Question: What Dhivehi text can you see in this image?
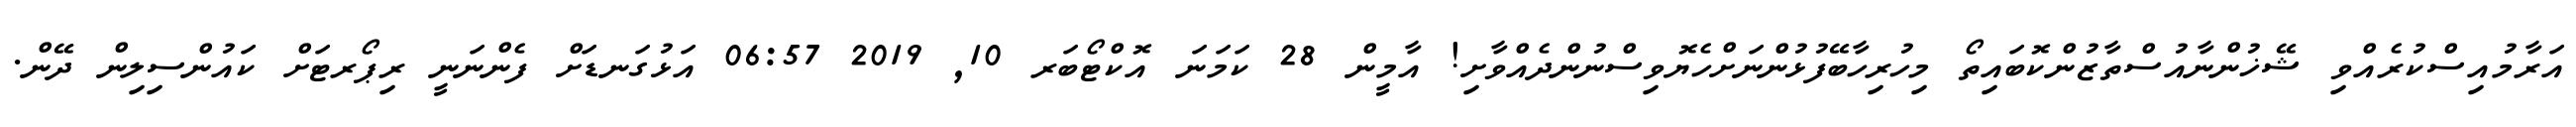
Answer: އަރާމުއިސްކުރެއްވި ޝޭޚުންނާއުސްތާޒުންކޮބައިތޯ މިހުރިހާބޭފުޅުންނަށްހެޔޮވިސްނުންދެއްވާށި! އާމީން 28 ކަމަނަ އޮކްޓޯބަރ 10, 2019 06:57 އަޅުގަނޑަށް ފެންނަނީ ރިޕޯރޓަށް ކައުންސިލިން ދޭން.